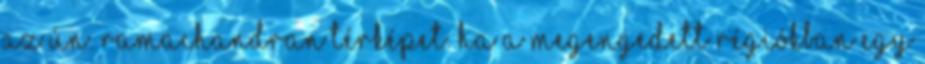
az ún. Ramachandran térképet. Ha a megengedett régiókban egy